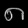
Digit: ၈